Civil Veterinary Dept. North-West Frontier Province 1901-22 - 1901-1922
Year: 1901
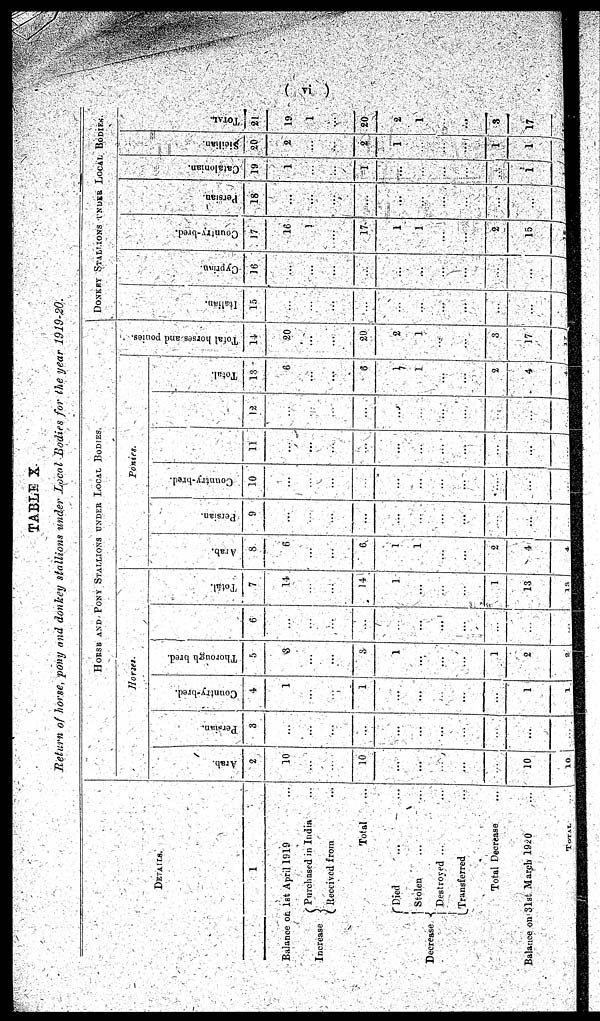
(vi)
TABLE X.
Return of horse, pony and donkey stallions under Local Bodies for the year 1919-20.
DETAILS.
1
Balance on 1st April 1919
...
Increase
Purchased in India ...
Received from
...
Total
...
Decrease
Died
...
...
Stolen
...
...
Destroyed ...
...
Transferred
...
Total Decrease
...
Balance on 31st March 1920
...
HORSE
AND
PONY
STALLIONS
UNDER
LOCAL
BODIES.
Horses.
Arab
2
10
...
...
10
...
...
...
...
...
10
Persian.
3
...
...
...
...
...
...
...
...
...
...
Country-bred.
4
1
...
...
1
...
...
...
...
...
1
Thorough bred.
5
3
...
...
3
1
...
...
...
1
2
6
...
...
...
...
...
...
...
...
...
...
Total.
7
14
...
...
14
1
...
...
...
1
13
Ponies.
Arab.
8
6
...
...
6
1
1
...
...
2
4
Persian.
9
...
...
...
...
...
...
...
...
...
...
Country-bred.
10
...
...
...
...
...
...
...
...
...
...
11
...
...
...
...
...
...
...
...
...
...
12
...
...
...
...
...
...
...
...
...
...
Total.
13
6
...
...
8
...
1
...
...
2
4
Total horses and ponies.
14
20
...
...
20
2
1
...
...
3
17
DONKEY STALLIONS UNDER LOCAL BODIES.
Italian.
15
...
...
...
...
...
...
...
...
...
...
Cypr i
r an.
16
...
...
...
...
...
...
...
...
...
...
Count r
y- br ed.
17
16
1
...
17
1
1
...
...
2
15
Per si an.
18
...
...
...
...
...
...
...
...
...
...
Cat al oni an.
19
1
...
...
1
...
...
...
...
...
1
Sicilian.
20
2
...
...
2 ...
...
...
...
1
1
TOTAL.
21
19
1
...
20
2
1
...
...
3
17